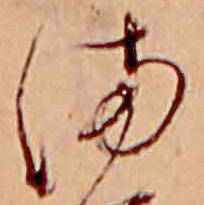
ま